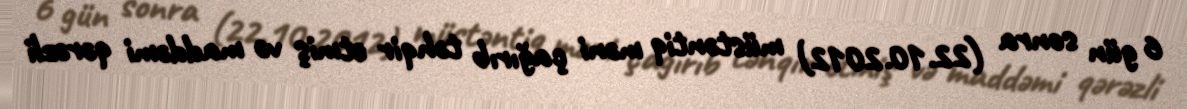
6 gün sonra (22.10.2012) müstəntiq məni çağırıb təhqir etmiş və maddəmi qərəzli